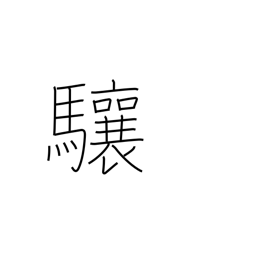
Meaning: lift one's head